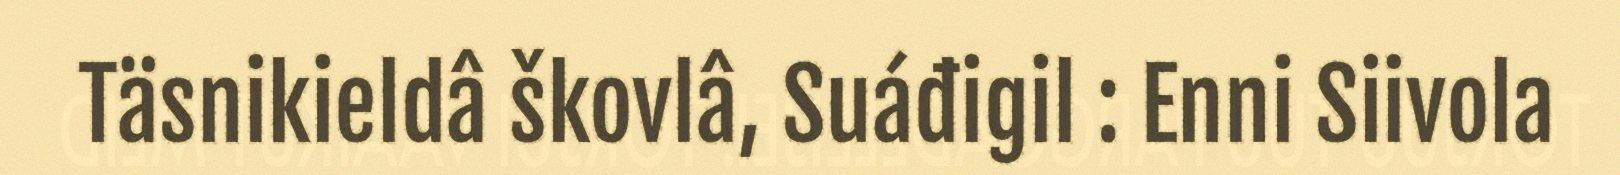
Täsnikieldâ škovlâ, Suáđigil : Enni Siivola